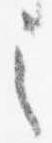
之